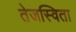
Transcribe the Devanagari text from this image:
तेजस्‍विता